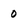
Character: 0